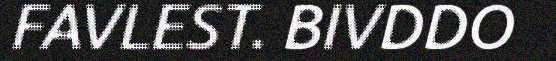
FAVLEST. BIVDDO